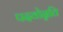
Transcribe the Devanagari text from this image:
पदवोन्नति